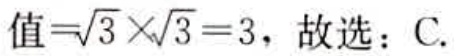
值\(=\sqrt{3} \times\sqrt{3} =3\)，故选：C.